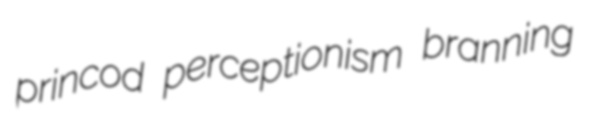
princod perceptionism branning